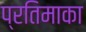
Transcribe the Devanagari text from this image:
प्रतिमाका